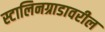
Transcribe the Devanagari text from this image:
स्टालिनग्राडावरील